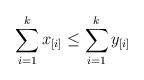
LaTeX: \begin{align*}\sum_{i = 1}^{k} x_{[i]} \leq \sum_{i = 1}^{k} y_{[i]}\end{align*}